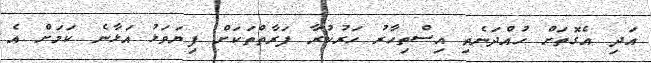
އަދި އެގޮތަށް ހުއްދަނެތި އިސްތިހާރު ހަރުކުރާ ފަރާތްތަކަށް ފިޔަވަޅު އަޅާނެ ކަމަށް އެ